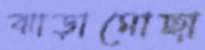
ঝাড়ামোছা